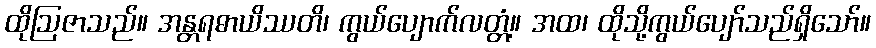
ထိုဩဇာသည်။ အန္တရဓာယိဿတိ၊ ကွယ်ပျောက်လတ္တံ့။ အထ၊ ထိုသို့ကွယ်ပျော်သည်ရှိသော်။